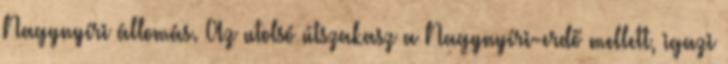
Nagynyíri állomás. Az utolsó útszakasz a Nagynyíri-erdő mellett, igazi